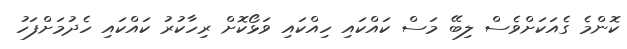
ކޮންމެ ގެއަކަށްވެސް ލިބޭ މަސް ކައްކައި ހިއްކައި ވަޅޯކޮށް ރިހާކުރު ކައްކައި ހެދުމަށްފަހު